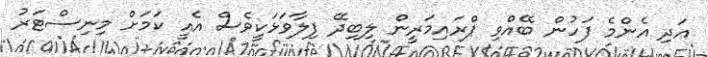
އަދި އެންމެ ފަހުން ބޭއްވި ޕްރައިމަރީން ލިބިދޭ ފިލާވަޅަކީވެސް އެއީ ކަމަށް މިނިސްޓަރު